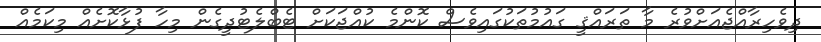
ދިވެހިރާއްޖެއަށްވުރެ މާ ތަރައްޤީ ގައުމުތަކުގައިވެސް ކޮންމެ ކުއްޖަކަށް ޓެބްލެޓުދީގެން މިހާ ފުޅާކޮށެއް މިކަމެއް